Vaccination in Bombay 1869-1873 - 1869-1873
Year: 1869
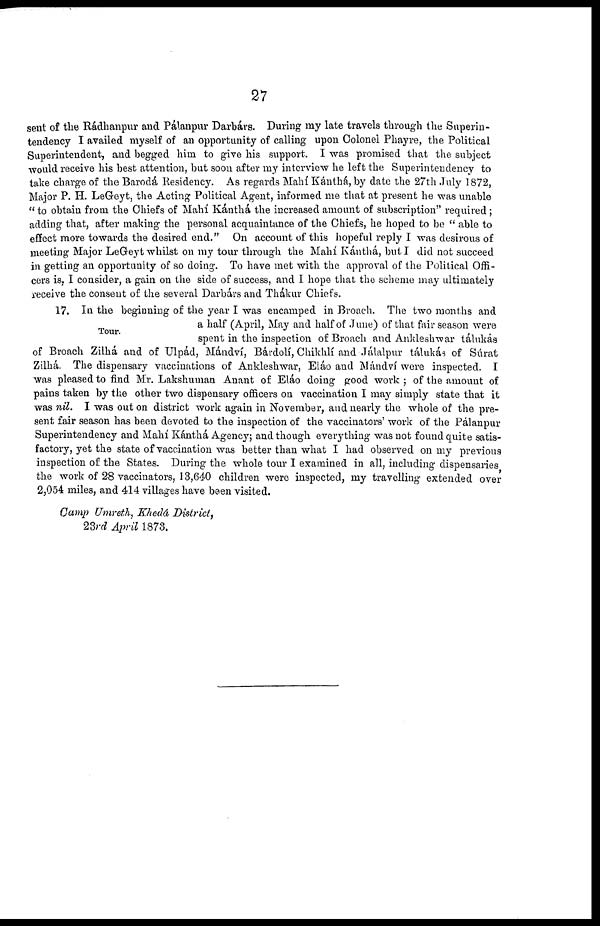
27
sent of the Rádhanpur and Pálanpur Darbárs. During my late travels through the Superin-
tendency I availed myself of an opportunity of calling upon Colonel Phayre, the Political
Superintendent, and begged him to give his support. I was promised that the subject
would receive his best attention, but soon after my interview he left the Superintendency to
take charge of the Barodá Residency. As regards Mahí Kánthá, by date the 27th July 1872,
Major P. H. LeGeyt, the Acting Political Agent, informed me that at present he was unable
" to obtain from the Chiefs of Mahí Kánthá the increased amount of subscription" required;
adding that, after making the personal acquaintance of the Chiefs, he hoped to be " able to
effect more towards the desired end." On account of this hopeful reply I was desirous of
meeting Major LeGeyt whilst on my tour through the Mahí Kánthá, but I did not succeed
in getting an opportunity of so doing. To have met with the approval of the Political Offi-
cers is, I consider, a gain on the side of success, and I hope that the scheme may ultimately
receive the consent of the several Darbárs and Thákur Chiefs.
Tour.
17. In the beginning of the year I was encamped in Broach. The two months and
a half (April, May and half of June) of that fair season were
spent in the inspection of Broach and Ankleshwar tálukás
of Broach Zilhá and of Ulpád, Mándví, Bárdolí, Chikhlí and Jálalpur tálukás of Súrat
Zilhá. The dispensary vaccinations of Ankleshwar, Eláo and Mándví were inspected. I
was pleased to find Mr. Lakshuman Anant of Eláo doing good work ; of the amount of
pains taken by the other two dispensary officers on vaccination I may simply state that it
was nil. I was out on district work again in November, and nearly the whole of the pre-
sent fair season has been devoted to the inspection of the vaccinators' work of the Pálanpur
Superintendency and Mahí Kánthá Agency; and though everything was not found quite satis-
factory, yet the state of vaccination was better than what I had observed on my previous
inspection of the States. During the whole tour I examined in all, including dispensaries
the work of 28 vaccinators, 13,640 children were inspected, my travelling extended over
2,054 miles, and 414 villages have been visited.
Camp Umreth, Khedá District,
23rd April 1873.